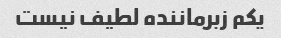
یکم زبرماننده لطیف نیست